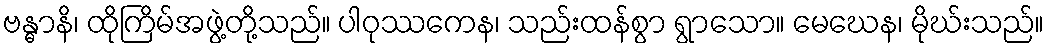
ဗန္ဓာနိ၊ ထိုကြိမ်အဖွဲ့တို့သည်။ ပါဝုဿကေန၊ သည်းထန်စွာ ရွာသော။ မေဃေန၊ မိုဃ်းသည်။